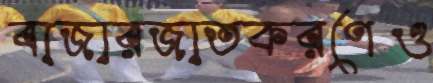
বাজারজাতকরণেও